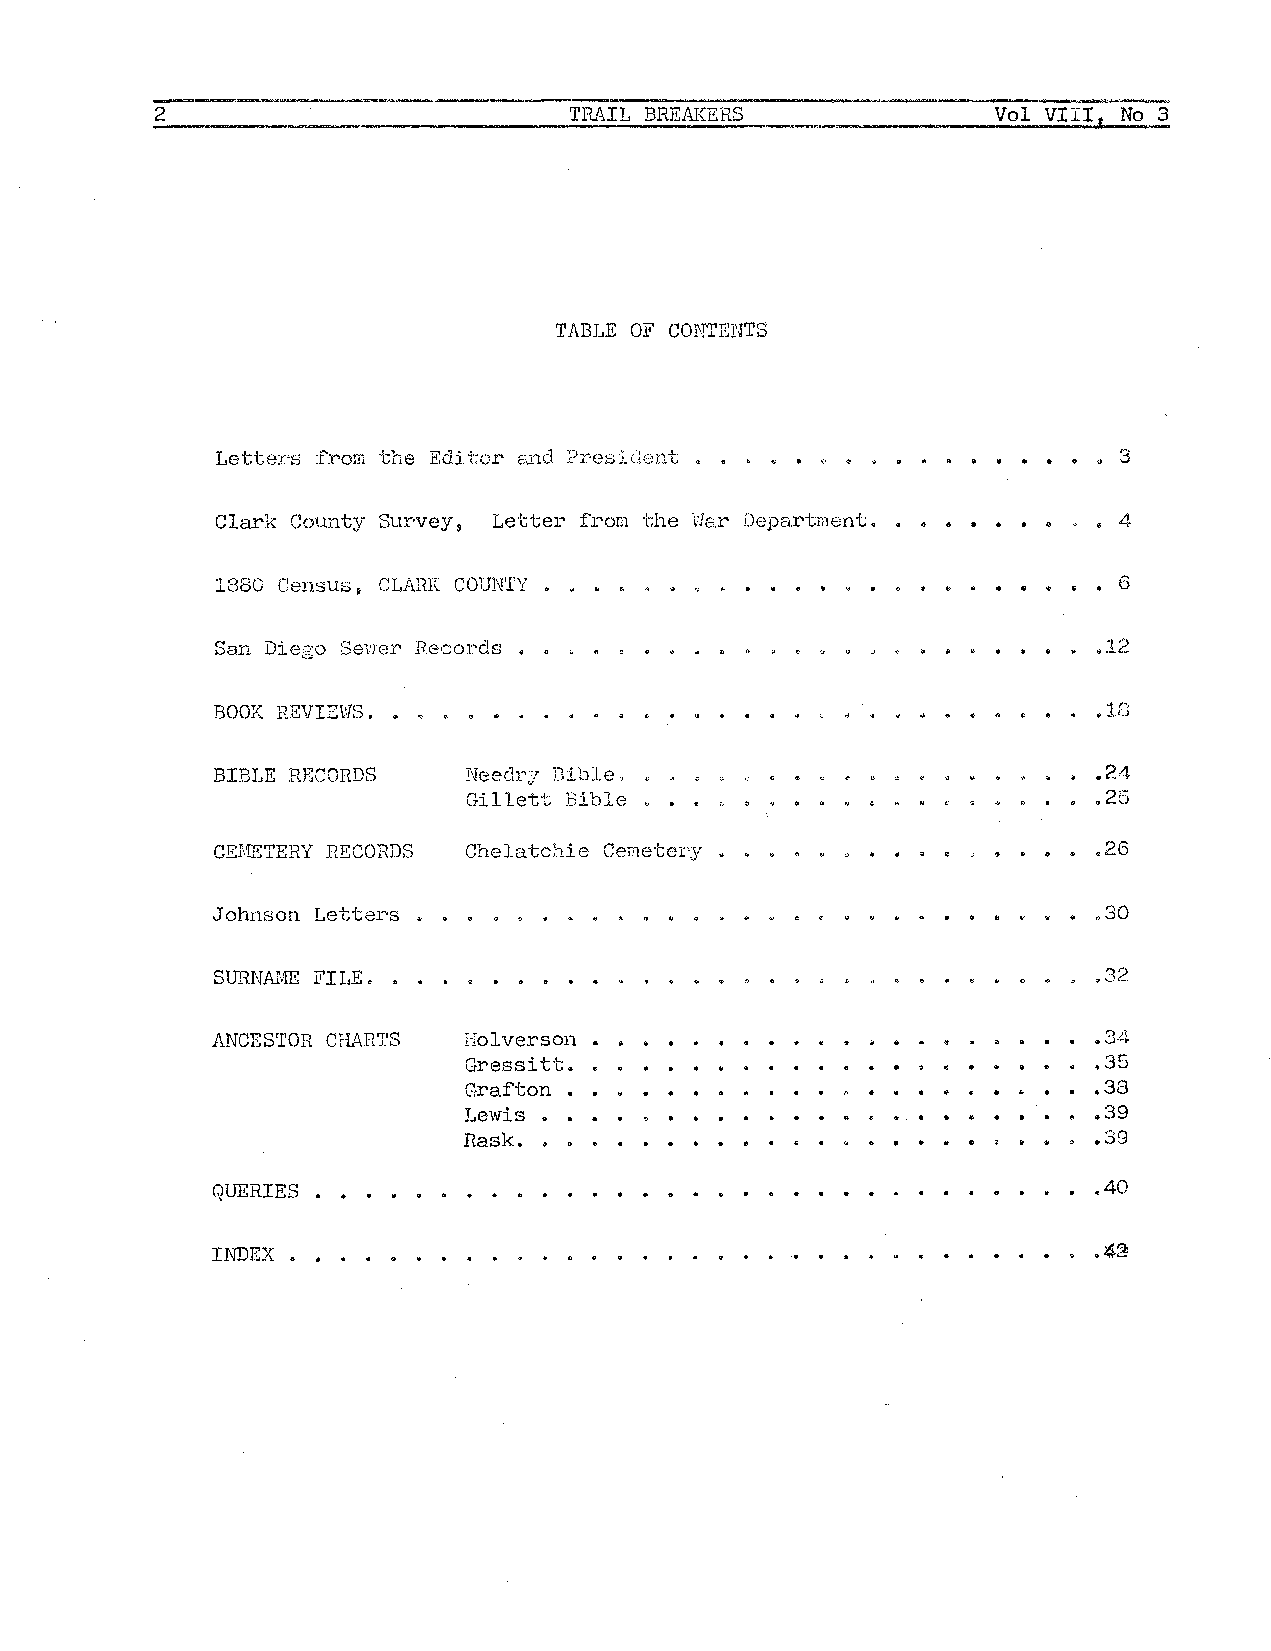
2                           TRAIL BREAKERS              Vol VIII No 3
 TABLE OF CONTENTS
 Letters :from the Editor and ?resident.                    • 3
 Clark County Survey Letter from the War Department.        • 4
 9
 1880 Census, CLARK COUNTY.                                 • 6
 San Diego Sevier Records .                                .12
 BOOK REVIEWS.
 BIBLE RECORDS    Needry Dible.                             ,24
 Gillett Bib.le                           ,25
 CEMETERY RECORDS Chelatchie Cemetery.                     .26
 Johnson Letters •                                         .30
 SURNAME FILE.                                             .32
 ANCESTOR CHARTS  Holverson.                               .34
 Gressitt.                                ,35
 Grafton.                                 ,38
 Lewis.                                   ,39
 Rask.                                    ,39
 QUERIES,                                                  .40
 INDEX.                                                    .>.'1-2